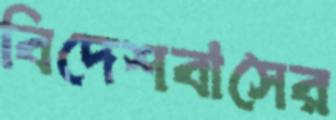
বিদেশবাসের